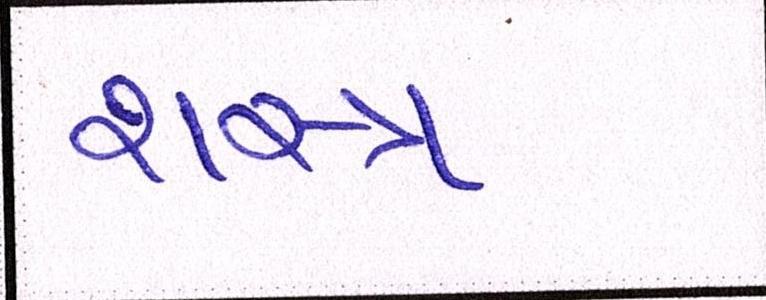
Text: શસ્ત્ર